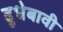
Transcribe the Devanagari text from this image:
दुधेबावी